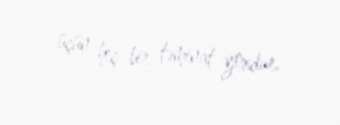
üçün heç bir təminat yoxdur.